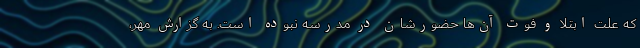
که علت ابتلا و فوت آن‌ها حضورشان در مدرسه نبوده است. به گزارش مهر،